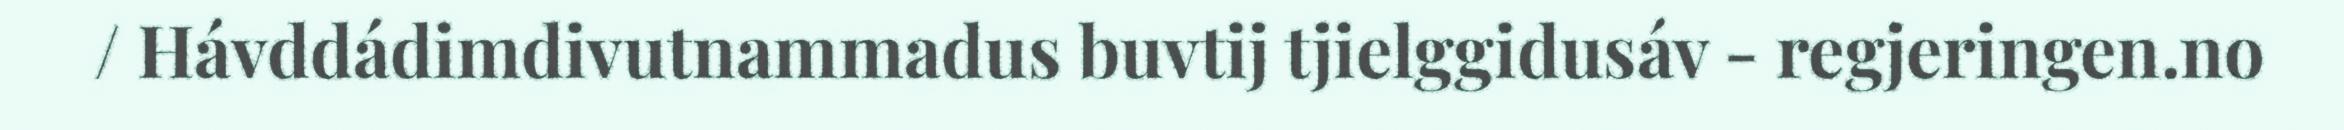
/ Hávddádimdivutnammadus buvtij tjielggidusáv - regjeringen.no